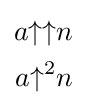
{\begin{aligned}a{\uparrow \uparrow }n\\a{\uparrow }^{2}n\end{aligned}}